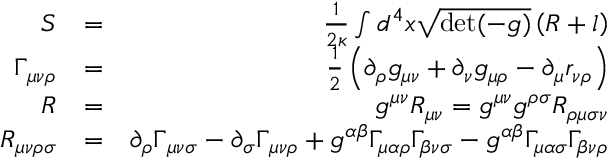
\begin{array} { r l r } { S } & { = } & { \frac { 1 } { 2 \kappa } \int d ^ { 4 } x \sqrt { \operatorname* { d e t } ( - g ) } \left( R + l \right) } \\ { \Gamma _ { { \mu \nu } \rho } } & { = } & { \frac { 1 } { 2 } \left( \partial _ { \rho } g _ { \mu \nu } + \partial _ { \nu } g _ { \mu \rho } - \partial _ { \mu } r _ { \nu \rho } \right) } \\ { R } & { = } & { g ^ { \mu \nu } R _ { \mu \nu } = g ^ { \mu \nu } g ^ { \rho \sigma } R _ { \rho \mu \sigma \nu } } \\ { R _ { \mu \nu \rho \sigma } } & { = } & { \partial _ { \rho } \Gamma _ { { \mu \nu } \sigma } - \partial _ { \sigma } \Gamma _ { { \mu \nu } \rho } + g ^ { \alpha \beta } \Gamma _ { \mu \alpha \rho } \Gamma _ { \beta \nu \sigma } - g ^ { \alpha \beta } \Gamma _ { \mu \alpha \sigma } \Gamma _ { \beta \nu \rho } } \end{array}